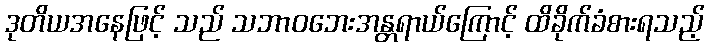
ဒုတိယအနေဖြင့် သည် သဘာဝဘေးအန္တရာယ်ကြောင့် ထိခိုက်ခံစားရသည့်